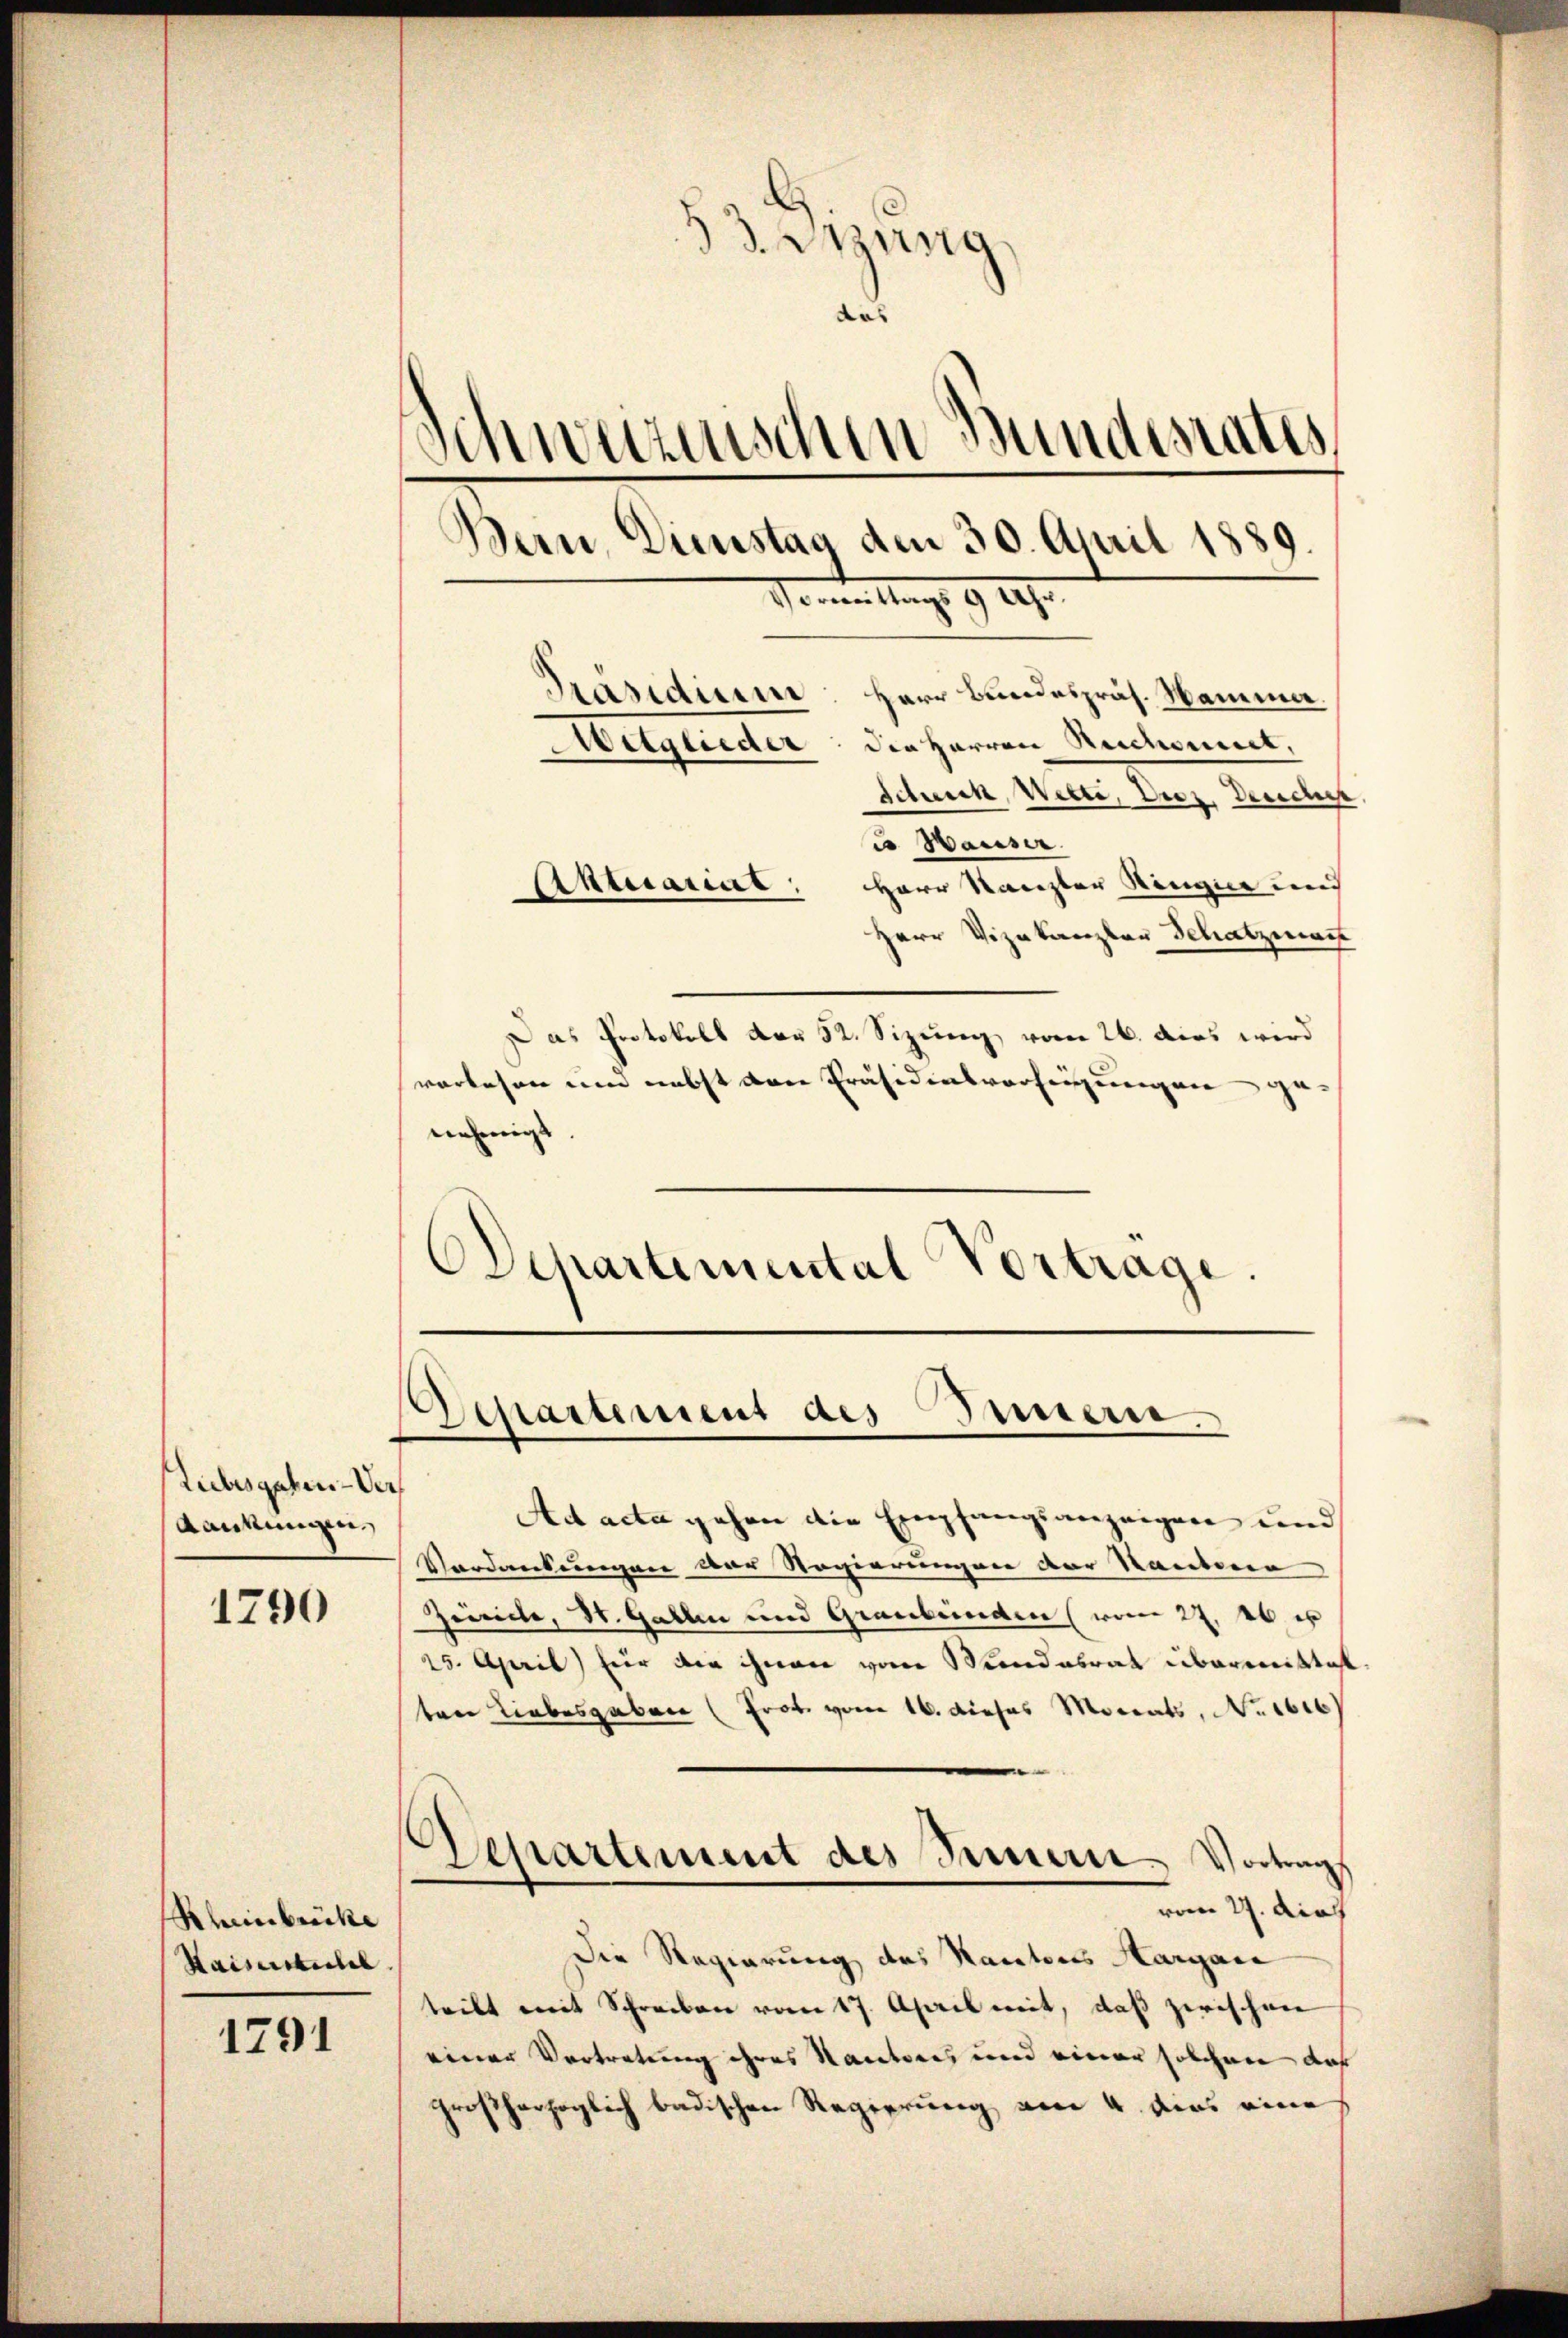
Liebesgaben-Ve
Rankungen.

1790

1791

etzung
das
Schweizerischen Bundesrates
Bern, Dienstag den 30. April 1889.
Honnen Mag. 9. 227.
Präsidium. Herr Bundespräs. Namma
Aitglieder: die Herren Rechaniert,
Scheuck, Welti, Diez. Deucher,

Rheinbrücke
Kaiserlichel

u Hauser.
Herr Kanzler Ringie und
Herr Vizekanzler Schatzman
Das Protokoll der 52. Sizung vom 26. das wird
vorlesen und nebst der Präsidensverfeigungen ge-
nehmigt.
DDepartemental Vortrage.

Aktuariat

¬
Departement des Innern.

Ad acta gehen die Empfangsanzeigen und
Verdankungen der Regierungen der Samboren
Zeiche, St. Gallen und Graubünden (vom 27. Ob e
25. April) für die ihnen vom Mandabrat übermittet
ten Liebesgaben (Frot vom 16. dieses Morats, No. 1616
Departement des Innern Vortrag
vom 27. Aug
Die Regierung des Kantons Aargare
teilt mit Schreiben vom 17. April mit, daß zwischen
einer Vertretung ihres Kantores und einer solchen das
großherzoglich badischen Regierung von 4. dies eine